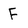
Character: F